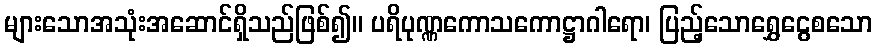
များသောအသုံးအဆောင်ရှိသည်ဖြစ်၍။ ပရိပုဏ္ဏကောသကောဋ္ဌာဂါရော၊ ပြည့်သောရွှေငွေစသော